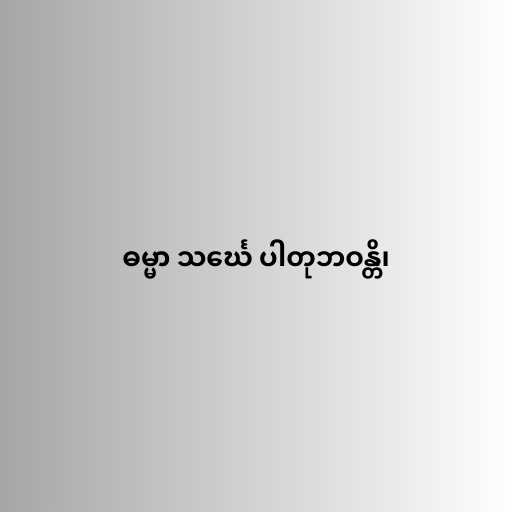
ဓမ္မာ သင်္ဃေ ပါတုဘဝန္တိ၊